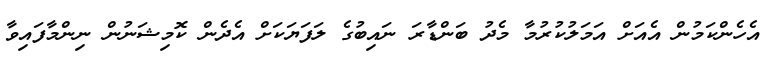
އެހެންކަމުން އެއަށް އަމަލުކުރުމާ މެދު ބަންޑާރަ ނައިބުގެ ލަފަޔަކަށް އެދެން ކޮމިޝަނުން ނިންމާފައިވާ